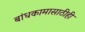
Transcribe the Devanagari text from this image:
बांधकामासाठीही